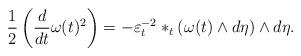
LaTeX: \begin{align*} \frac{1}{2}\left(\frac{d}{dt}\omega(t)^2\right)=-\varepsilon^{-2}_t *_t(\omega(t) \wedge d\eta)\wedge d\eta.\end{align*}